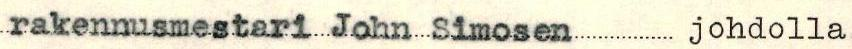
rakennusmestari John Simosen johdolla